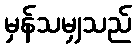
မှန်သမျှသည်